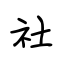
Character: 社